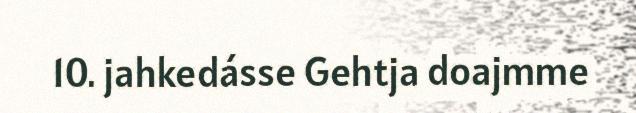
10. jahkedásse Gehtja doajmme